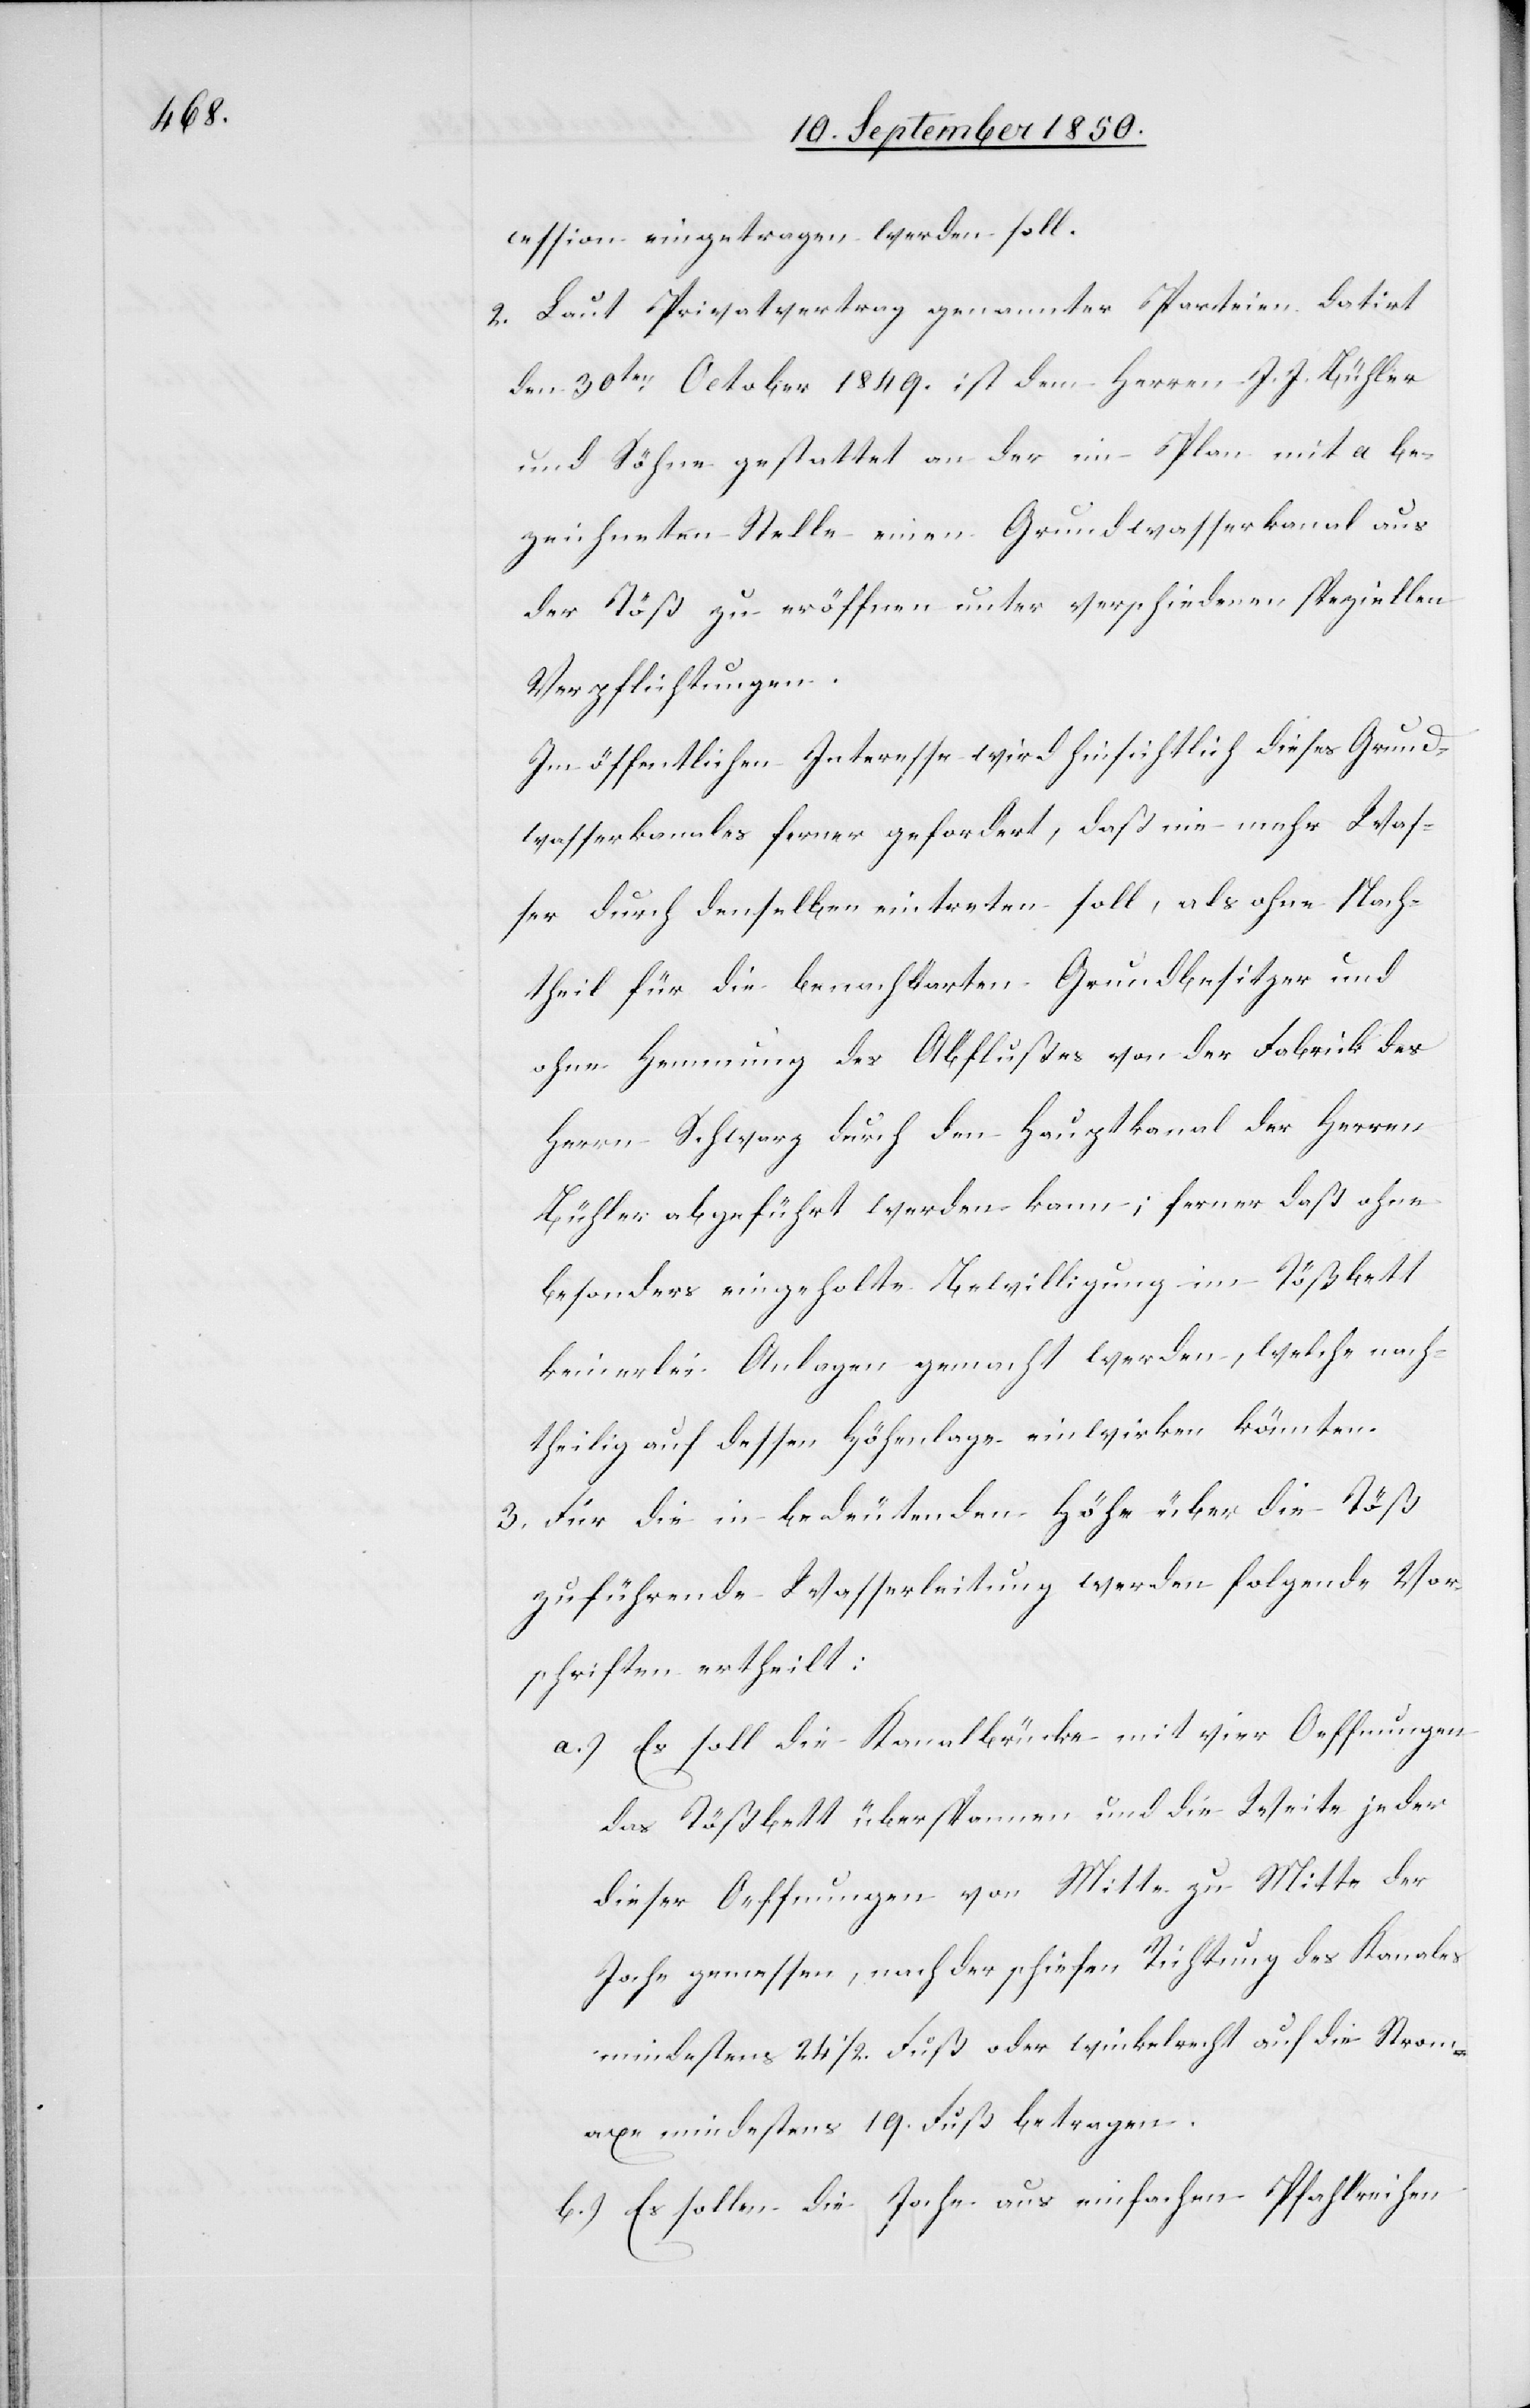
cession eingetragen werden soll.
2. Laut Privatvertrag genannter Parteien datirt
den 30ten Ocotber 1849. ist dem Herren J. J. Bühler
und Söhne gestattet an der im Plan mit a be¬
zeichneten Stelle einen Grundwasserkanal aus
der Töß zu eröffnen unter verschiedenen speziellen
Verpflichtungen.
Im öffentlichen Interesse wird hinsichtlich dieses Grund¬
wasserkanales ferner gefordert, daß nie mehr Was¬
ser durch denselben eintreten soll, als ohne Nach¬
theil für die benachbarten Grundbesitzer und
ohne Hemmung des Abflußes von der Fabrick des
Herrn Schwarz durch den Hauptkanal der Herren
Bühler abgeführt werden kann; ferner daß ohne
besonders eingeholte Bewilligung im Tößbett
keinerlei Anlagen gemacht werden, welche nach¬
theilig auf dessen Höhenlage einwirken könnten.
3. Für die in bedeutenden Höhm [recte: bedeutender
zuführende Wasserleitung werden folgende Vor¬
schriften ertheilt:
a.) Es soll die Kanalbrücke mit vier Oeffnungen
das Tößbett überspannen und die Weite jeder
dieser Oeffnungen von Mitte zu Mitte der
Joche gemessen, nach der schiefen Richtung des Kanales
mindestens 24 1/2. Fuß oder winkelrecht auf die Strom¬
axe mindestens 19. Fuß betragen.
b.) Es sollen die Joche aus einfachen Pfahlreihen